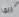
ربما